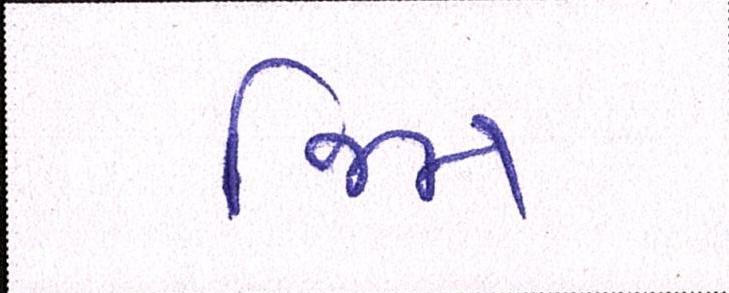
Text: જિમ